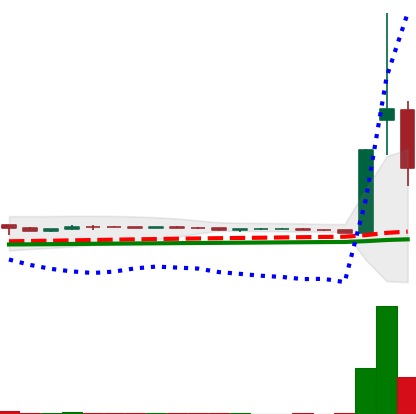
Ticker: DOGE-USD
Chart end date: 2021-01-30
Forward return: 89.129%
Label: up_7plus